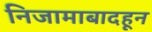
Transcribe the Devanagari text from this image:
निजामाबादहून